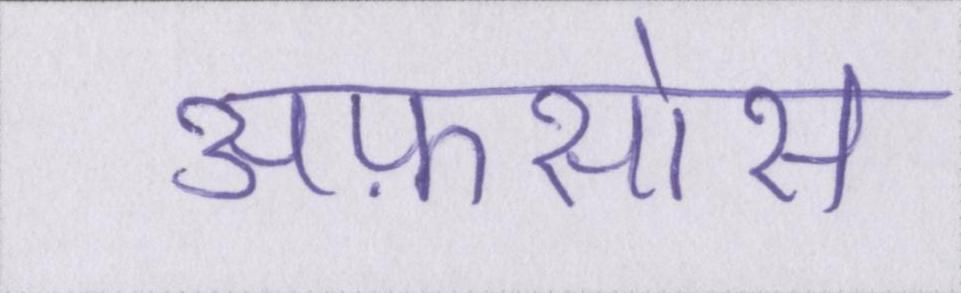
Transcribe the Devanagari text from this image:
अफ़सोस